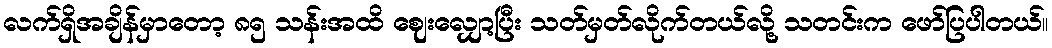
လက်ရှိအချိန်မှာတော့ ၈၅ သန်းအထိ ဈေးလျှော့ပြီး သတ်မှတ်လိုက်တယ်လို့ သတင်းက ဖော်ပြပါတယ်။